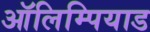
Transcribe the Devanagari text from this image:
ऑलिम्पियाड